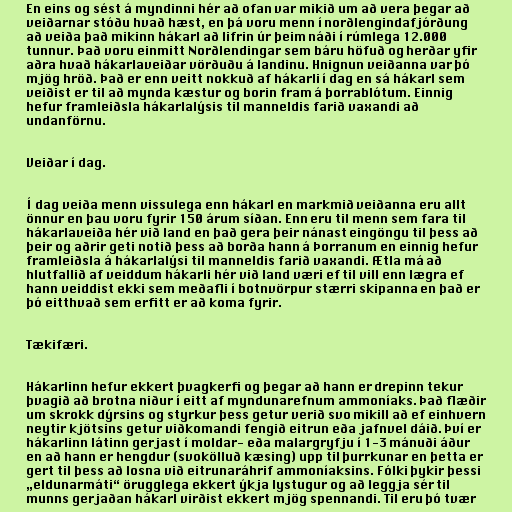
En eins og sést á myndinni hér að ofan var mikið um að vera þegar að
veiðarnar stóðu hvað hæst, en þá voru menn í norðlengindafjórðung
að veiða það mikinn hákarl að lifrin úr þeim náði í rúmlega 12.000
tunnur. Það voru einmitt Norðlendingar sem báru höfuð og herðar yfir
aðra hvað hákarlaveiðar vörðuðu á landinu. Hnignun veiðanna var þó
mjög hröð. Það er enn veitt nokkuð af hákarli í dag en sá hákarl sem
veiðist er til að mynda kæstur og borin fram á þorrablótum. Einnig
hefur framleiðsla hákarlalýsis til manneldis farið vaxandi að
undanförnu.

Veiðar í dag.

Í dag veiða menn vissulega enn hákarl en markmið veiðanna eru allt
önnur en þau voru fyrir 150 árum síðan. Enn eru til menn sem fara til
hákarlaveiða hér við land en það gera þeir nánast eingöngu til þess að
þeir og aðrir geti notið þess að borða hann á Þorranum en einnig hefur
framleiðsla á hákarlalýsi til manneldis farið vaxandi. Ætla má að
hlutfallið af veiddum hákarli hér við land væri ef til vill enn lægra ef
hann veiddist ekki sem meðafli í botnvörpur stærri skipanna en það er
þó eitthvað sem erfitt er að koma fyrir.

Tækifæri.

Hákarlinn hefur ekkert þvagkerfi og þegar að hann er drepinn tekur
þvagið að brotna niður í eitt af myndunarefnum ammoníaks. Það flæðir
um skrokk dýrsins og styrkur þess getur verið svo mikill að ef einhvern
neytir kjötsins getur viðkomandi fengið eitrun eða jafnvel dáið. Því er
hákarlinn látinn gerjast í moldar- eða malargryfju í 1-3 mánuði áður
en að hann er hengdur (svokölluð kæsing) upp til þurrkunar en þetta er
gert til þess að losna við eitrunaráhrif ammoníaksins. Fólki þykir þessi
„eldunarmáti“ örugglega ekkert ýkja lystugur og að leggja sér til
munns gerjaðan hákarl virðist ekkert mjög spennandi. Til eru þó tvær